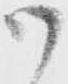
御